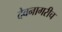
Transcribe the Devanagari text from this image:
देवनागरीच